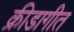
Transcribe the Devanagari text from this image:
क्रीडागीत